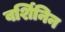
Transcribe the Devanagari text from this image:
वर्शिनिन